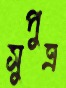
সুপুত্র